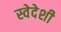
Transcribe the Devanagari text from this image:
स्वेदेशी